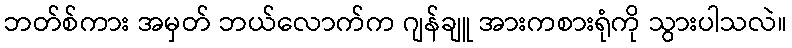
ဘတ်စ်ကား အမှတ် ဘယ်လောက်က ဂျန်ချူ အားကစားရုံကို သွားပါသလဲ။